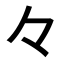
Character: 𠚤